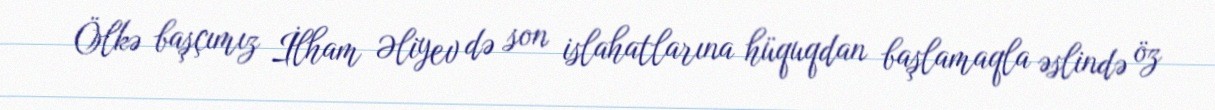
Ölkə başçımız İlham Əliyev də son islahatlarına hüquqdan başlamaqla əslində öz